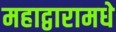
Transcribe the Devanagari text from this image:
महाद्वारामधे